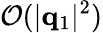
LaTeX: \mathcal{O}(|\mathbf{q}_{1}|^{2})